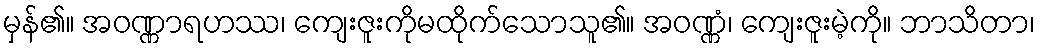
မှန်၏။ အဝဏ္ဏာရဟဿ၊ ကျေးဇူးကိုမထိုက်သောသူ၏။ အဝဏ္ဏံ၊ ကျေးဇူးမဲ့ကို။ ဘာသိတာ၊